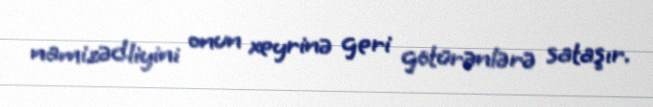
namizədliyini onun xeyrinə geri götürənlərə sataşır.